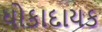
ધોકાદાયક